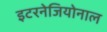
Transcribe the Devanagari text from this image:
इटरनेजियोनाल